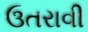
ઉતરાવી